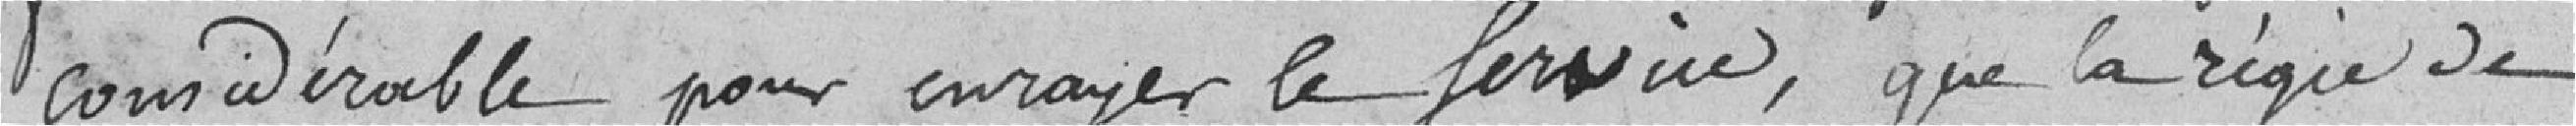
considérable pour enrayer le service, que la régie de